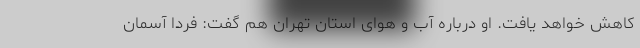
کاهش خواهد یافت. او درباره آب و هوای استان تهران هم گفت: فردا آسمان